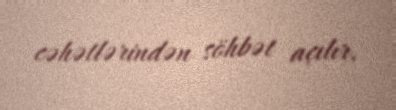
cəhətlərindən söhbət açılır.